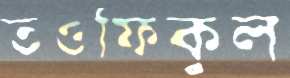
তওফিকুল